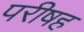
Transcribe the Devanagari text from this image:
परीषह